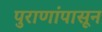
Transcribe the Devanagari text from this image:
पुराणांपासून